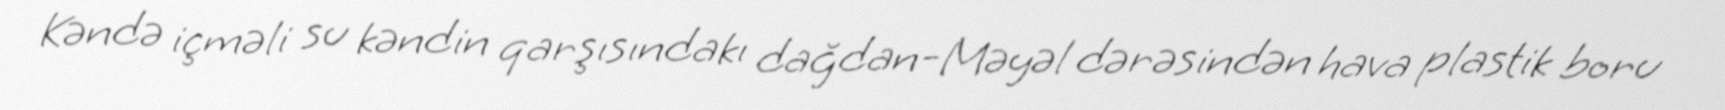
Kəndə içməli su kəndin qarşısındakı dağdan-Məyəl dərəsindən hava plastik boru